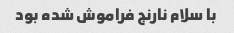
با سلام نارنج فراموش شده بود